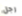
رجل